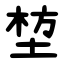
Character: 堏